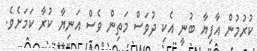
ކުރުމުން އާފިޔާ ބުނީ އެކި ދުވަސް މަތިން ވެސް އަނިޔާ ކުރާ ކަމަށެވެ.